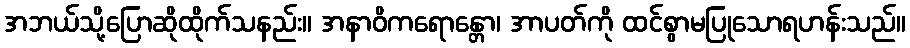
အဘယ်သို့ပြောဆိုထိုက်သနည်း။ အနာဝိကရောန္တော၊ အာပတ်ကို ထင်စွာမပြုသောရဟန်းသည်။